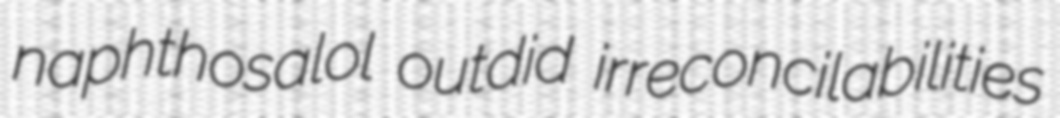
naphthosalol outdid irreconcilabilities